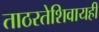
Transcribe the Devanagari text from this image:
ताठरतेशिवायही